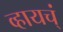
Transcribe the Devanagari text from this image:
व्हायच्ं